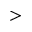
>